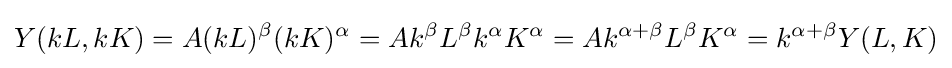
Y(kL,kK)=A(kL)^{\beta }(kK)^{\alpha }=Ak^{\beta }L^{\beta }k^{\alpha }K^{\alpha }=Ak^{\alpha +\beta }L^{\beta }K^{\alpha }=k^{\alpha +\beta }Y(L,K)